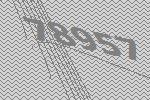
78957